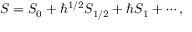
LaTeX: S = S _ { 0 } + \hbar ^ { 1 / 2 } S _ { 1 / 2 } + \hbar S _ { 1 } + \cdots ,